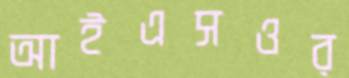
আইএসওর